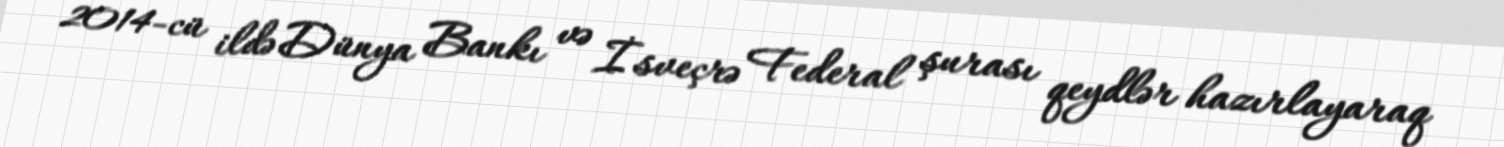
2014-cü ildə Dünya Bankı və İsveçrə Federal şurası qeydlər hazırlayaraq